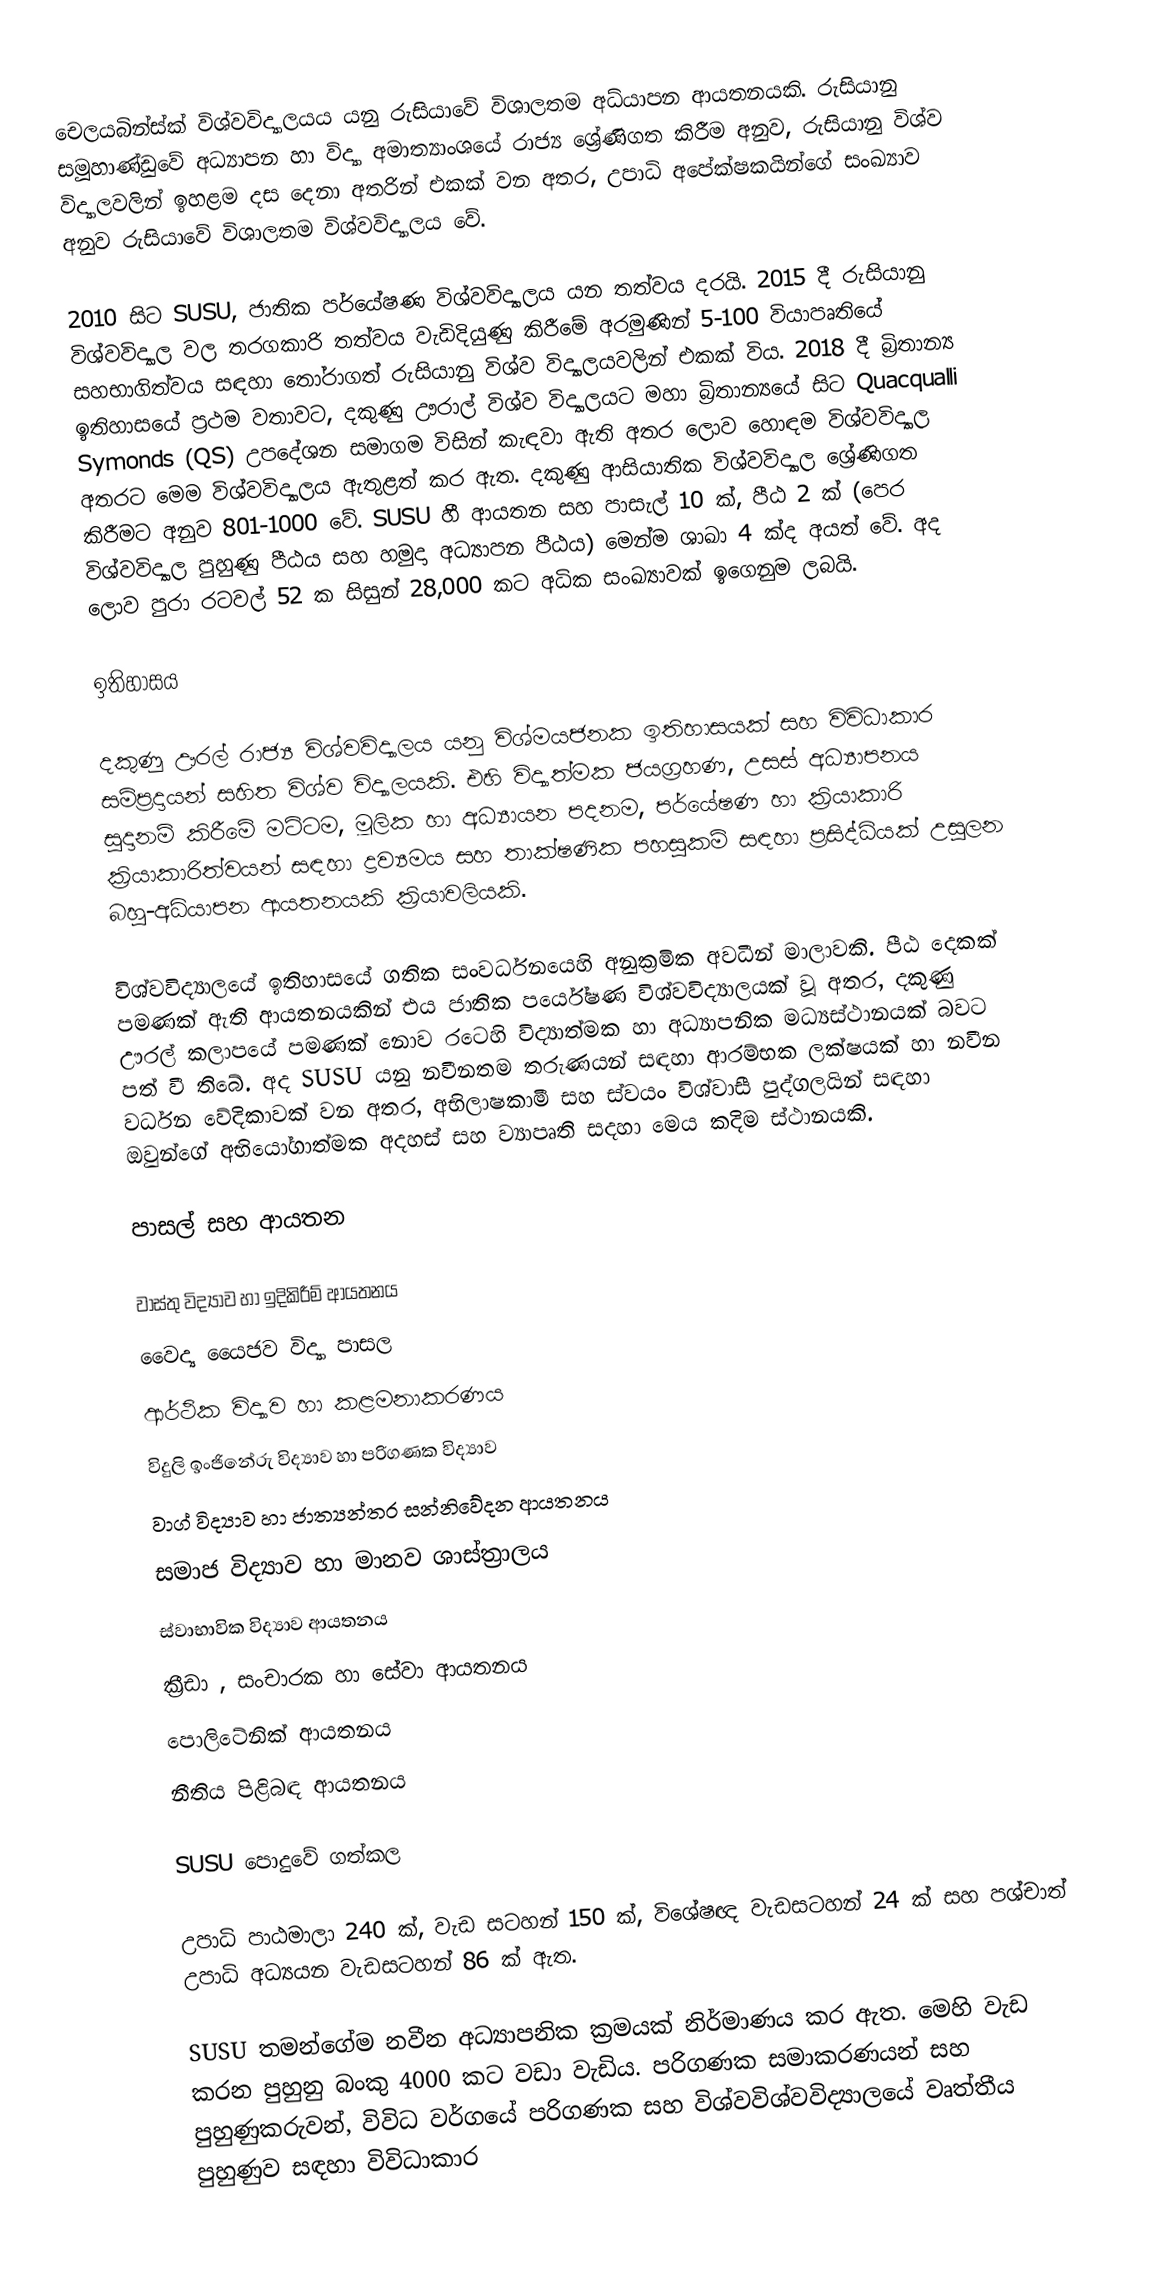
චෙලයබින්ස්ක් විශ්වවිද්‍යාලයය යනු රුසියාවේ විශාලතම අධ්යාපන ආයතනයකි. රුසියානු සමූහාණ්ඩුවේ අධ්‍යාපන හා විද්‍යා අමාත්‍යාංශයේ රාජ්‍ය ශ්‍රේණිගත කිරීම අනුව, රුසියානු විශ්ව විද්‍යාලවලින් ඉහළම දස දෙනා අතරින් එකක් වන අතර, උපාධි අපේක්ෂකයින්ගේ සංඛ්‍යාව අනුව රුසියාවේ විශාලතම විශ්වවිද්‍යාලය වේ.

2010 සිට SUSU, ජාතික පර්යේෂණ විශ්වවිද්‍යාලය යන තත්වය දරයි. 2015 දී රුසියානු විශ්වවිද්‍යාල වල තරගකාරි තත්වය වැඩිදියුණු කිරීමේ අරමුණින් 5-100 වියාපෘතියේ සහභාගිත්වය සඳහා තෝරාගත් රුසියානු විශ්ව විද්‍යාලයවලින් එකක් විය. 2018 දී බ්‍රිතාන්‍ය  ඉතිහාසයේ ප්‍රථම වතාවට, දකුණු ඌරාල් විශ්ව විද්‍යාලයට මහා බ්‍රිතාන්‍යයේ සිට Quacqualli Symonds (QS) උපදේශන සමාගම විසින් කැඳවා ඇති අතර ලොව හොඳම විශ්වවිද්‍යාල අතරට මෙම විශ්වවිද්‍යාලය ඇතුළත් කර ඇත. දකුණු ආසියාතික විශ්වවිද්‍යාල ශ්‍රේණිගත කිරීමට අනුව 801-1000 වේ. SUSU හී ආයතන සහ පාසැල් 10 ක්, පීඨ 2 ක් (පෙර විශ්වවිද්‍යාල පුහුණු පීඨය සහ හමුදා අධ්‍යාපන පීඨය) මෙන්ම ශාඛා 4 ක්ද අයත් වේ. අද ලොව පුරා රටවල් 52 ක සිසුන් 28,000 කට අධික සංඛ්‍යාවක් ඉගෙනුම ලබයි.

ඉතිහාසය

දකුණු ඌරල් රාජ්‍ය විශ්වවිද්‍යාලය යනු විශ්මයජනක ඉතිහාසයක් සහ විවිධාකාර සම්ප්‍රදායන් සහිත විශ්ව විද්‍යාලයකි. එහි විද්‍යාත්මක ජයග්‍රහණ, උසස් අධ්‍යාපනය සූදානම් කිරීමේ මට්ටම, මූලික හා අධ්‍යායන පදනම, පර්යේෂණ හා ක්‍රියාකාරි ක්‍රියාකාරිත්වයන් සඳහා ද්‍රව්‍යමය සහ තාක්ෂණික පහසුකම් සඳහා ප්‍රසිද්ධියක් උසුලන බහු-අධ්යාපන ආයතනයකි ක්‍රියාවලියකි.

විශ්වවිද්‍යාලයේ ඉතිහාසයේ ගතික සංවර්ධනයෙහි අනුක්‍රමික අවධීන් මාලාවකි. පීඨ දෙකක් පමණක් ඇති ආයතනයකින් එය ජාතික පර්යේෂණ විශ්වවිද්‍යාලයක් වූ අතර, දකුණු ඌරල් කලාපයේ පමණක් නොව රටෙහි විද්‍යාත්මක හා අධ්‍යාපනික මධ්‍යස්ථානයක් බවට පත් වී තිබේ. අද SUSU යනු නවීනතම තරුණයන් සඳහා ආරම්භක ලක්ෂයක් හා නවීන වර්ධන වේදිකාවක් වන අතර, අභිලාෂකාමී සහ ස්වයං විශ්වාසී පුද්ගලයින් සඳහා ඔවුන්ගේ අභියෝගාත්මක අදහස් සහ ව්‍යාපෘති සදහා මෙය කදිම ස්ථානයකි.

පාසල් සහ ආයතන

 වාස්තු විද්‍යාව හා ඉදිකිරීම් ආයතනය
 වෛද්‍ය යෛජව විද්‍යා පාසල
 ආර්ථික විද්‍යාව හා කළමනාකරණය
 විදුලි ඉංජිනේරු විද්‍යාව හා පරිගණක විද්‍යාව
 වාග් විද්‍යාව හා ජාත්‍යන්තර සන්නිවේදන ආයතනය
 සමාජ විද්‍යාව හා මානව ශාස්ත්‍රාලය
 ස්වාභාවික විද්‍යාව ආයතනය
 ක්‍රීඩා , සංචාරක හා සේවා ආයතනය
 පොලිටේනික් ආයතනය
 නීතිය පිළිබඳ ආයතනය

SUSU පොදුවේ ගත්කල

උපාධි පාඨමාලා 240 ක්, වැඩ සටහන් 150 ක්, විශේෂඥ වැඩසටහන් 24 ක් සහ පශ්චාත් උපාධි අධ්‍යයන වැඩසටහන් 86 ක් ඇත.

SUSU තමන්ගේම නවීන අධ්‍යාපනික ක්‍රමයක් නිර්මාණය කර ඇත. මෙහි වැඩ කරන පුහුනු බංකු 4000 කට වඩා වැඩිය. පරිගණක සමාකරණයන් සහ පුහුණුකරුවන්, විවිධ වර්ගයේ පරිගණක සහ විශ්වවිශ්වවිද්‍යාලයේ වෘත්තීය පුහුණුව සඳහා විවිධාකාර